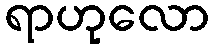
ရာဟုလော